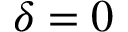
\delta = 0